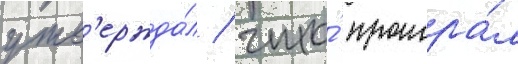
утв'ержда́л / что́ проигра́л